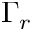
\Gamma _ { r }